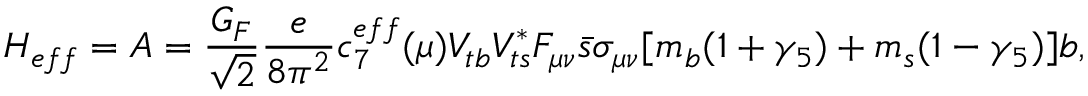
{ \cal H } _ { e f f } = { \cal A } = \displaystyle \frac { G _ { F } } { \sqrt { 2 } } \displaystyle \frac { e } { 8 \pi ^ { 2 } } c _ { 7 } ^ { e f f } ( \mu ) V _ { t b } V _ { t s } ^ { * } F _ { \mu \nu } \bar { s } \sigma _ { \mu \nu } [ m _ { b } ( 1 + \gamma _ { 5 } ) + m _ { s } ( 1 - \gamma _ { 5 } ) ] b ,